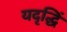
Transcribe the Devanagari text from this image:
यदृद्धिं